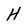
Character: H